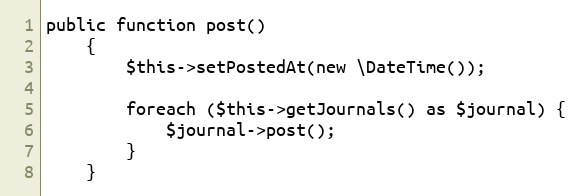
Language: PHP
public function post()
    {
        $this->setPostedAt(new \DateTime());

        foreach ($this->getJournals() as $journal) {
            $journal->post();
        }
    }